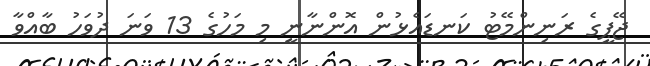
ޖޭޕީގެ ރަނިންމޭޓު ކަނޑައެޅުން އޮންނާނީ މި މަހުގެ 13 ވަނަ ދުވަހު ބާއްވާ